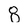
Character: 8